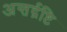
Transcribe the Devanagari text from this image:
अन्तर्द्रष्टि